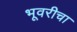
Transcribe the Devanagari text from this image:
भूवरीचा